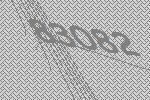
83082